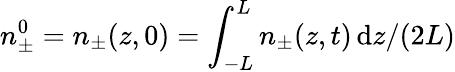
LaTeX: n_{\pm}^{0}=n_{\pm}(z,0)=\int_{-L}^{L}n_{\pm}(z,t)\, \mathrm{d}z/(2L)